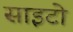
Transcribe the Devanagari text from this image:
साइटो